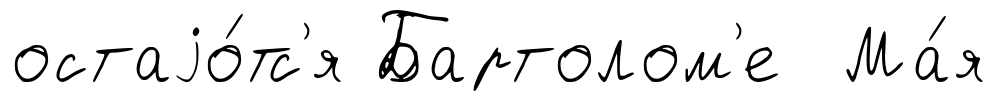
остаjо́тс'я Бартолом'е Ма́я